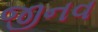
જીનવ